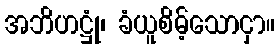
အဘိဟဋ္ဌုံ၊ ခံယူစိမ့်သောငှာ။